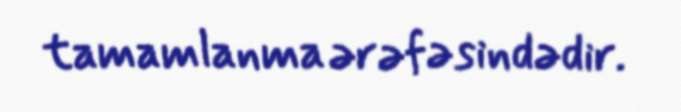
tamamlanma ərəfəsindədir.